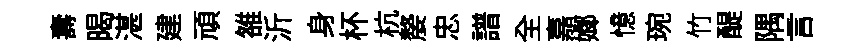
夀暍湛建頑雒沂身杯杭嫠忠譜全嘉嫏憶琬竹醍隅言